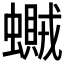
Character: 𧒿